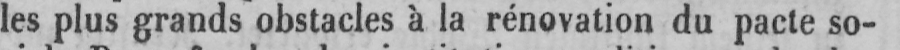
les plus grands obstacles à la rénovation du pacte so-